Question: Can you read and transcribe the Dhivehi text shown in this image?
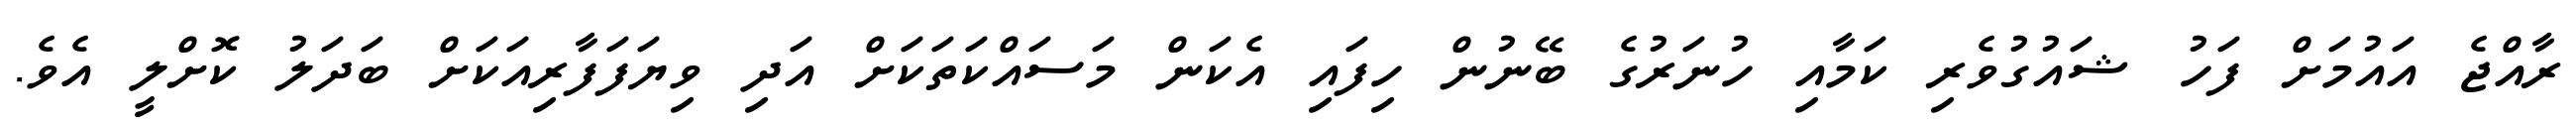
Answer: ރާއްޖެ އައުމަށް ފަހު ޝައުގުވެރި ކަމާއި ހުނަރުގެ ބޭނުން ހިފައި އެކަން މަސައްކަތަކަށް އަދި ވިޔަފަފާރިއަކަށް ބަދަލު ކޮށްލީ އެވެ.